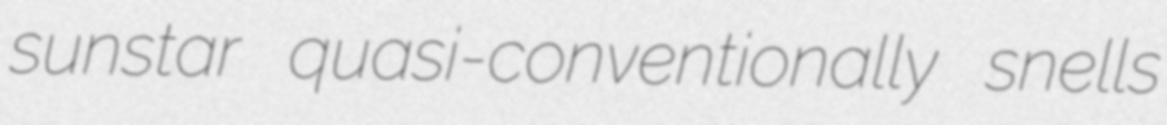
sunstar quasi-conventionally snells